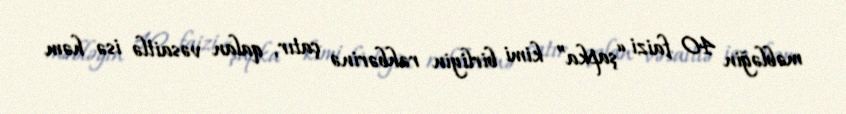
məbləğin 40 faizi “şapka” kimi birliyin rəhbərinə çatır, qalan vəsaitlə isə həm